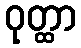
ဝုတ္ထာ